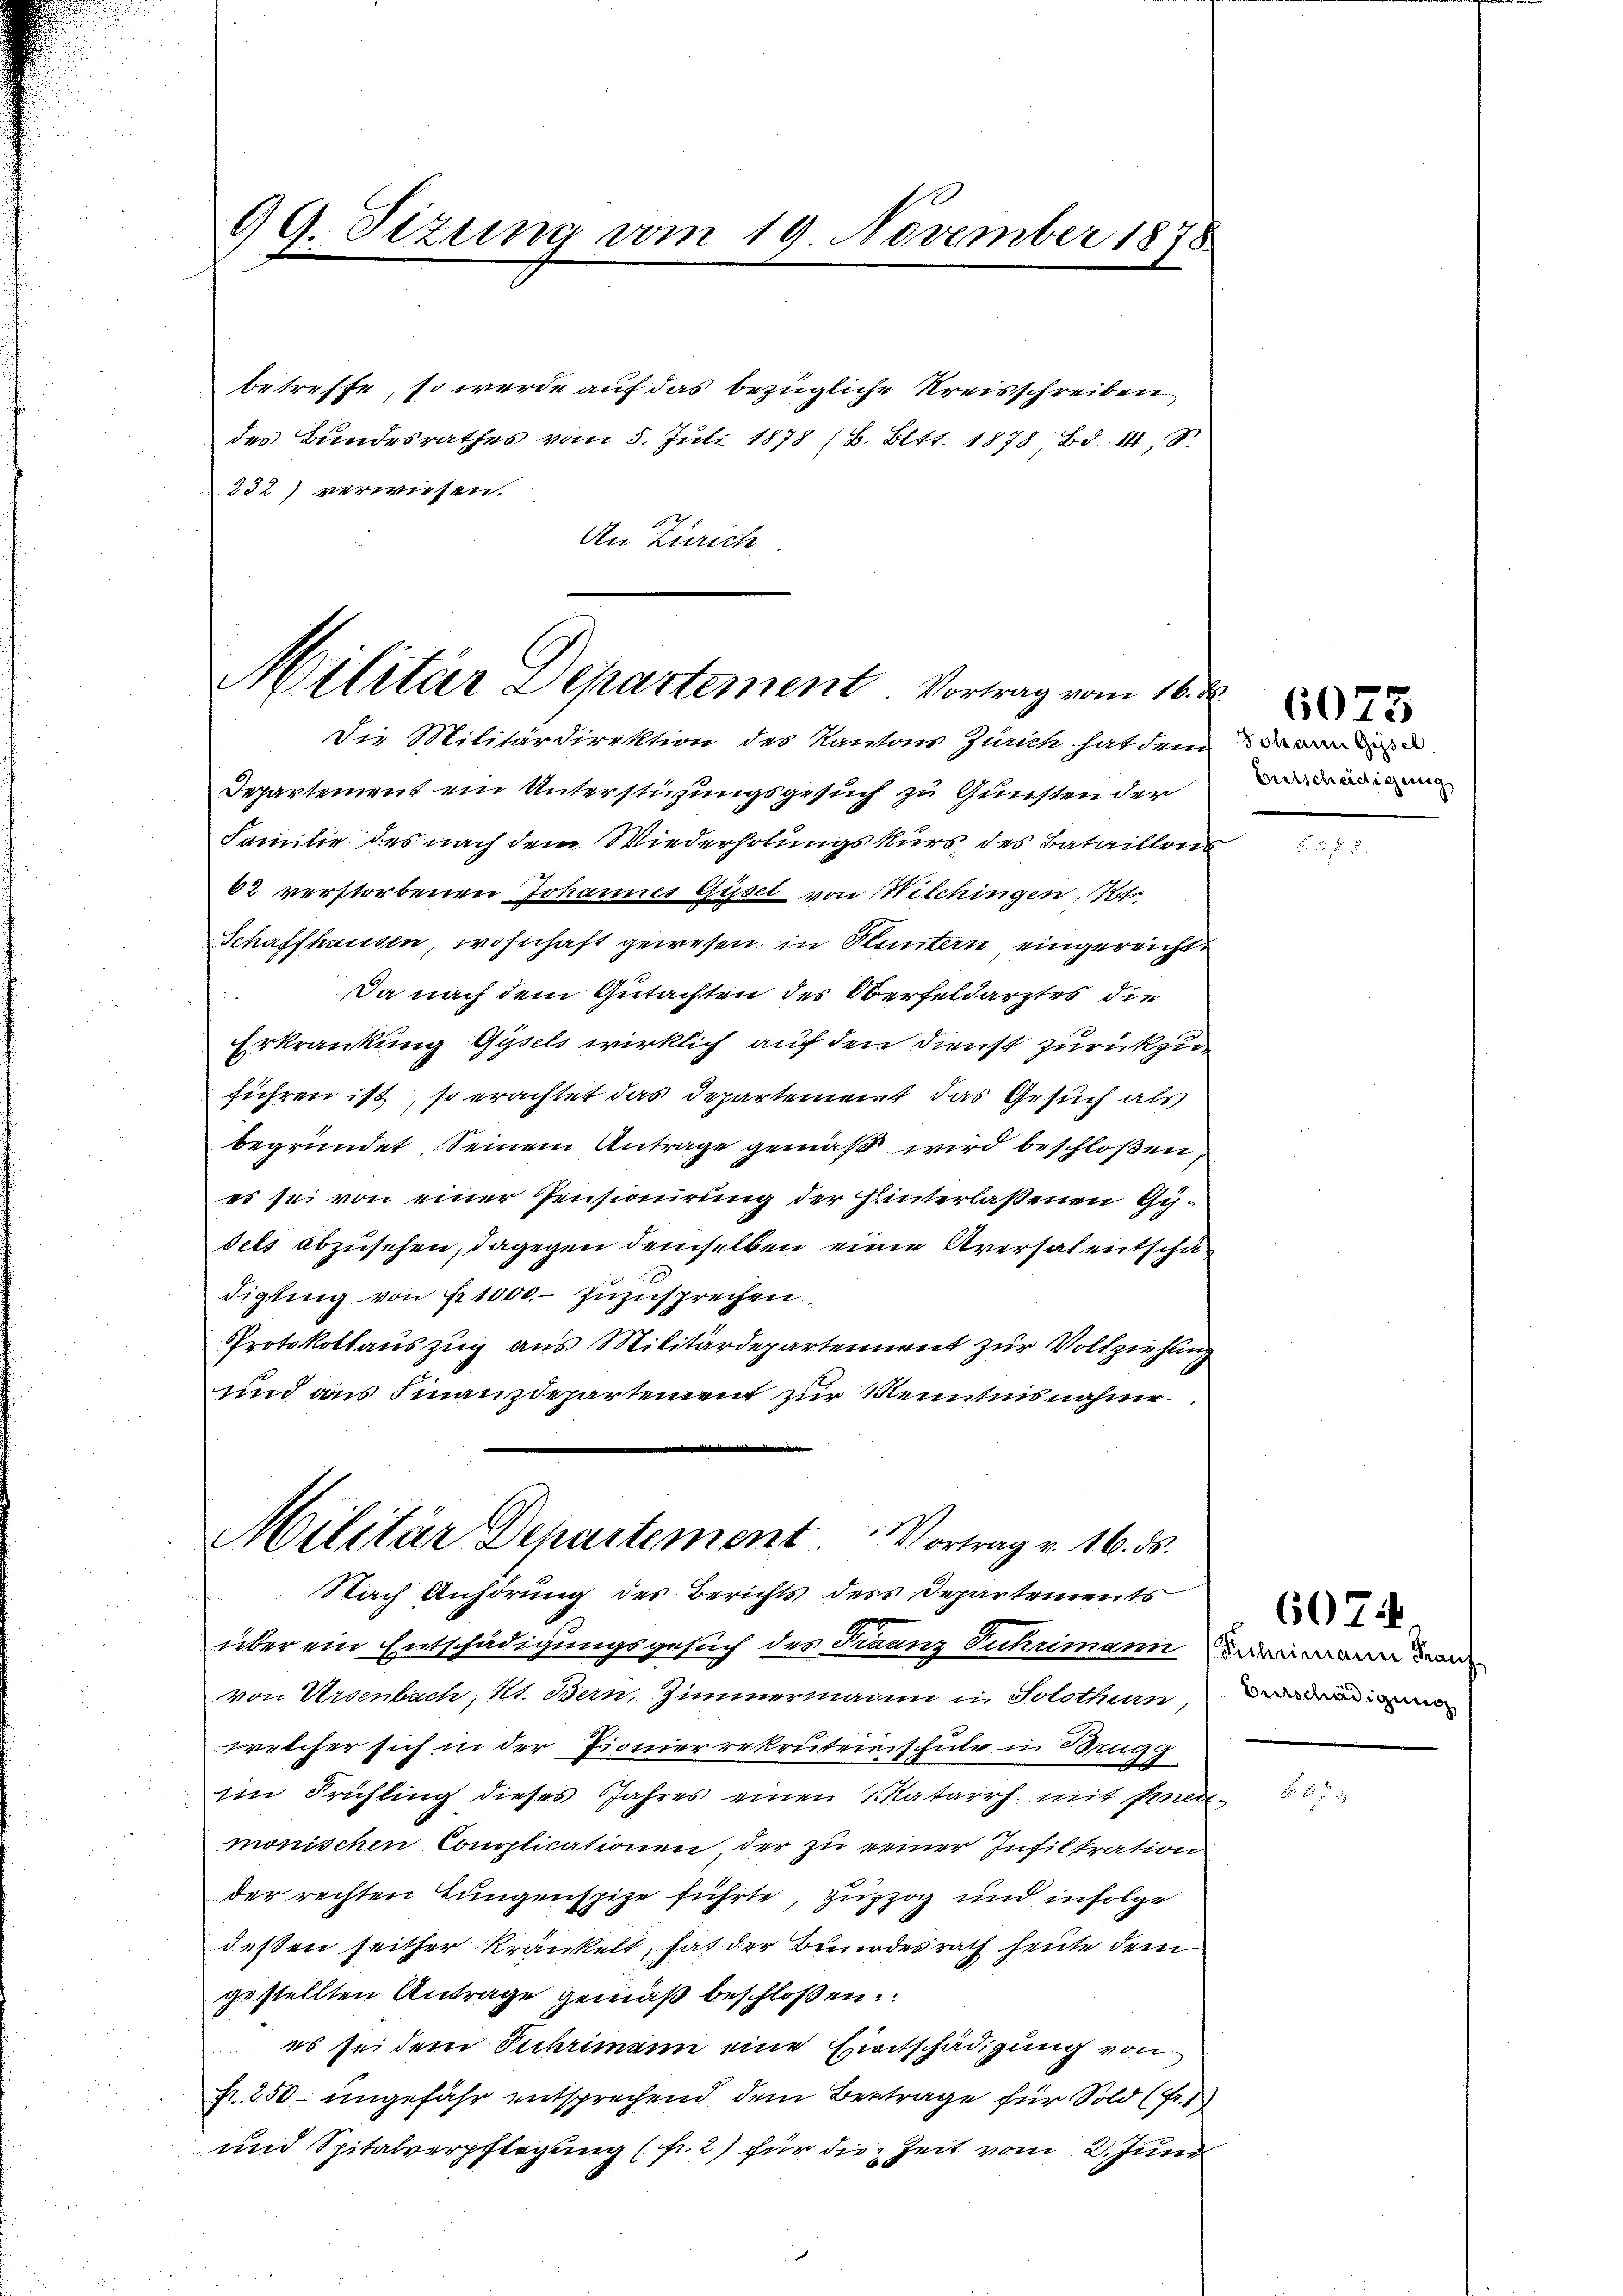
99. Sizung vom 19. November 1878

betreffe, so werde auf das bezügliche Kreisschreiben
des Bundesrathes vom 5. Juli 1878 (8. Bett. 1878 Bd. III, S.
232) verwiesen.
An Zürich

Militär Departement Vortrag vom 16. d
Die Militärdirektion des Kantons Zürich hat dem den die

Departement ein Unterstirungsgesuch zu Gunsten der
Familie des nach dem Wiederholungskurs, des Bataillons
02 verstorbenen Johannes Güsel von Wilchingen, 1
Schaffhausen, wohnhaft gewesen in Kleintern eingereichte

Da nach dem Gutachten des Oberfeldarztes die
Erkrankung Gysels wirklich auf den Dienst zurückzuführen ist, so erachtet das Departement das Gesuch als
begründet seinem Antrage gemäß wird beschloßen,
es sei von einer Pensionirung der hinterlaßenen Gydels abzusehen, dagegen demselben eine Aversalentschädigung von Nr. 1000. zuzusprechen.
Protokollauszug aus Militärdepartennent zur Vollziehung
und aus Finanzdepartement zur Kenntnisnahme

Militär Departement. Vortrag v. 16. ds.
Nach Anhörung des Berichts ders Departements

über ein Entschädigungsgesuch des Franz Suhrimanni dann Fran
von Ursenbach, Kt. Bern, Zimmermann in Solothurn,
welcher sich in der Pionierrekruteinschule in Brugg
im Frühling dieses Jahres einen Matarrh. mit Aner-
monischen Complicationen der zu reiner Infiltration
der rechten Lungenspize führte, zuzog und infolge
deßen seither kränkelt, hat der Bundesrath heute dem
gestellten Antrage gemäß beschloßen:
es sei dem Puhrimann eine Entschädigung von
fr. 250 – ungefähr entsprechend dem Betrage für Sold (fr
und Spitalverpflegung (s. 2) für die Zeit vom 2. Juni

Entscheidigung,

6073

Burschädigung

607